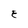
Character: E